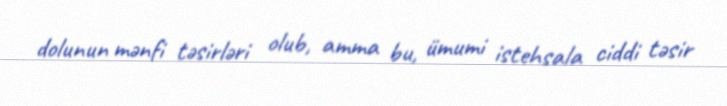
dolunun mənfi təsirləri olub, amma bu, ümumi istehsala ciddi təsir